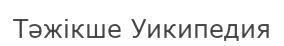
Тәжікше Уикипедия